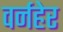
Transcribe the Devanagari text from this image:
वर्नहेर